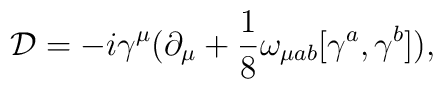
{\cal D} = - i {\gamma}^{\mu} ({\partial}_{\mu}+\frac{1}{8} {\omega}_{{\mu}ab} [{\gamma}^{a},{\gamma}^{b}] ),